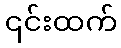
၎င်းထက်